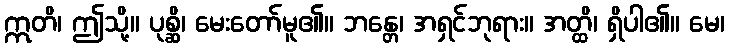
ဣတိ၊ ဤသို့။ ပုစ္ဆိ၊ မေးတော်မူ၏။ ဘန္တေ၊ အရှင်ဘုရား။ အတ္ထိ၊ ရှိပါ၏။ မေ၊